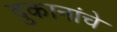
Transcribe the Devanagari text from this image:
दुकानांचे